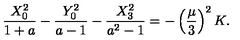
{ \frac { X _ { 0 } ^ { 2 } } { 1 + a } } - { \frac { Y _ { 0 } ^ { 2 } } { a - 1 } } - { \frac { X _ { 3 } ^ { 2 } } { a ^ { 2 } - 1 } } = - \left( { \frac { \mu } { 3 } } \right) ^ { 2 } K .